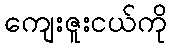
ကျေးဇူးငယ်ကို